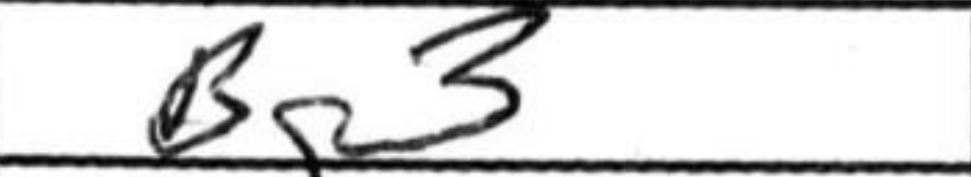
Transcription: Bg3